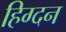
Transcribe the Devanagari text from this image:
हिग्दन